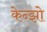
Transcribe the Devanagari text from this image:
केन्झो